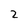
Character: 2